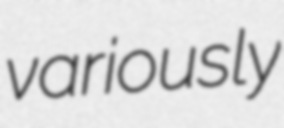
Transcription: variously